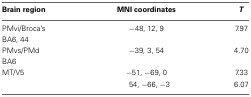
| Brain region | MNI coordinates | T |
 | --- | --- | --- |
 | PMvi/Broca's | −48, 12, 9 | 7.97 |
 | BA6, 44 |  |  |
 | PMvs/PMd | −39, 3, 54 | 4.70 |
 | BA6 |  |  |
 | MT/V5 | −51, −69, 0 | 7.33 |
 |  | 54, −66, −3 | 6.07 |